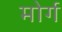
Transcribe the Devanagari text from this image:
मोर्ग